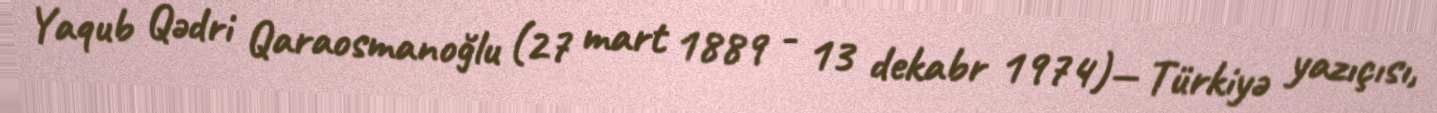
Yaqub Qədri Qaraosmanoğlu (27 mart 1889 - 13 dekabr 1974)— Türkiyə yazıçısı,